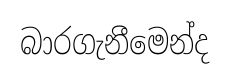
බාරගැනීමෙන්ද